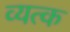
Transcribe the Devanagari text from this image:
व्यत्क